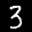
Label: 3